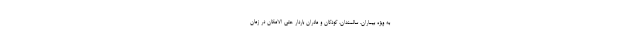
به ویژه بیماران، سالمندان، کودکان و مادران باردار حتی الامکان در زمان